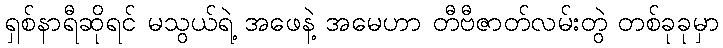
ရှစ်နာရီဆိုရင် မသွယ်ရဲ့ အဖေနဲ့ အမေဟာ တီဗီဇာတ်လမ်းတွဲ တစ်ခုခုမှာ